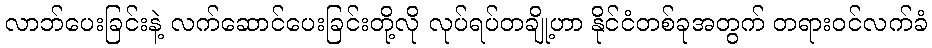
လာဘ်ပေးခြင်းနဲ့ လက်ဆောင်ပေးခြင်းတို့လို လုပ်ရပ်တချို့ဟာ နိုင်ငံတစ်ခုအတွက် တရားဝင်လက်ခံ